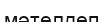
мәтелдеп